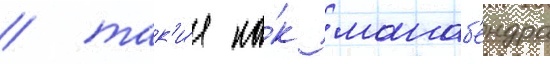
/ так'и́е ка́к манаб'ендра